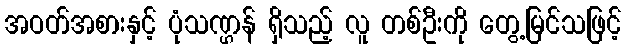
အဝတ်အစားနှင့် ပုံသဏ္ဌန် ရှိသည့် လူ တစ်ဦးကို တွေ့မြင်သဖြင့်